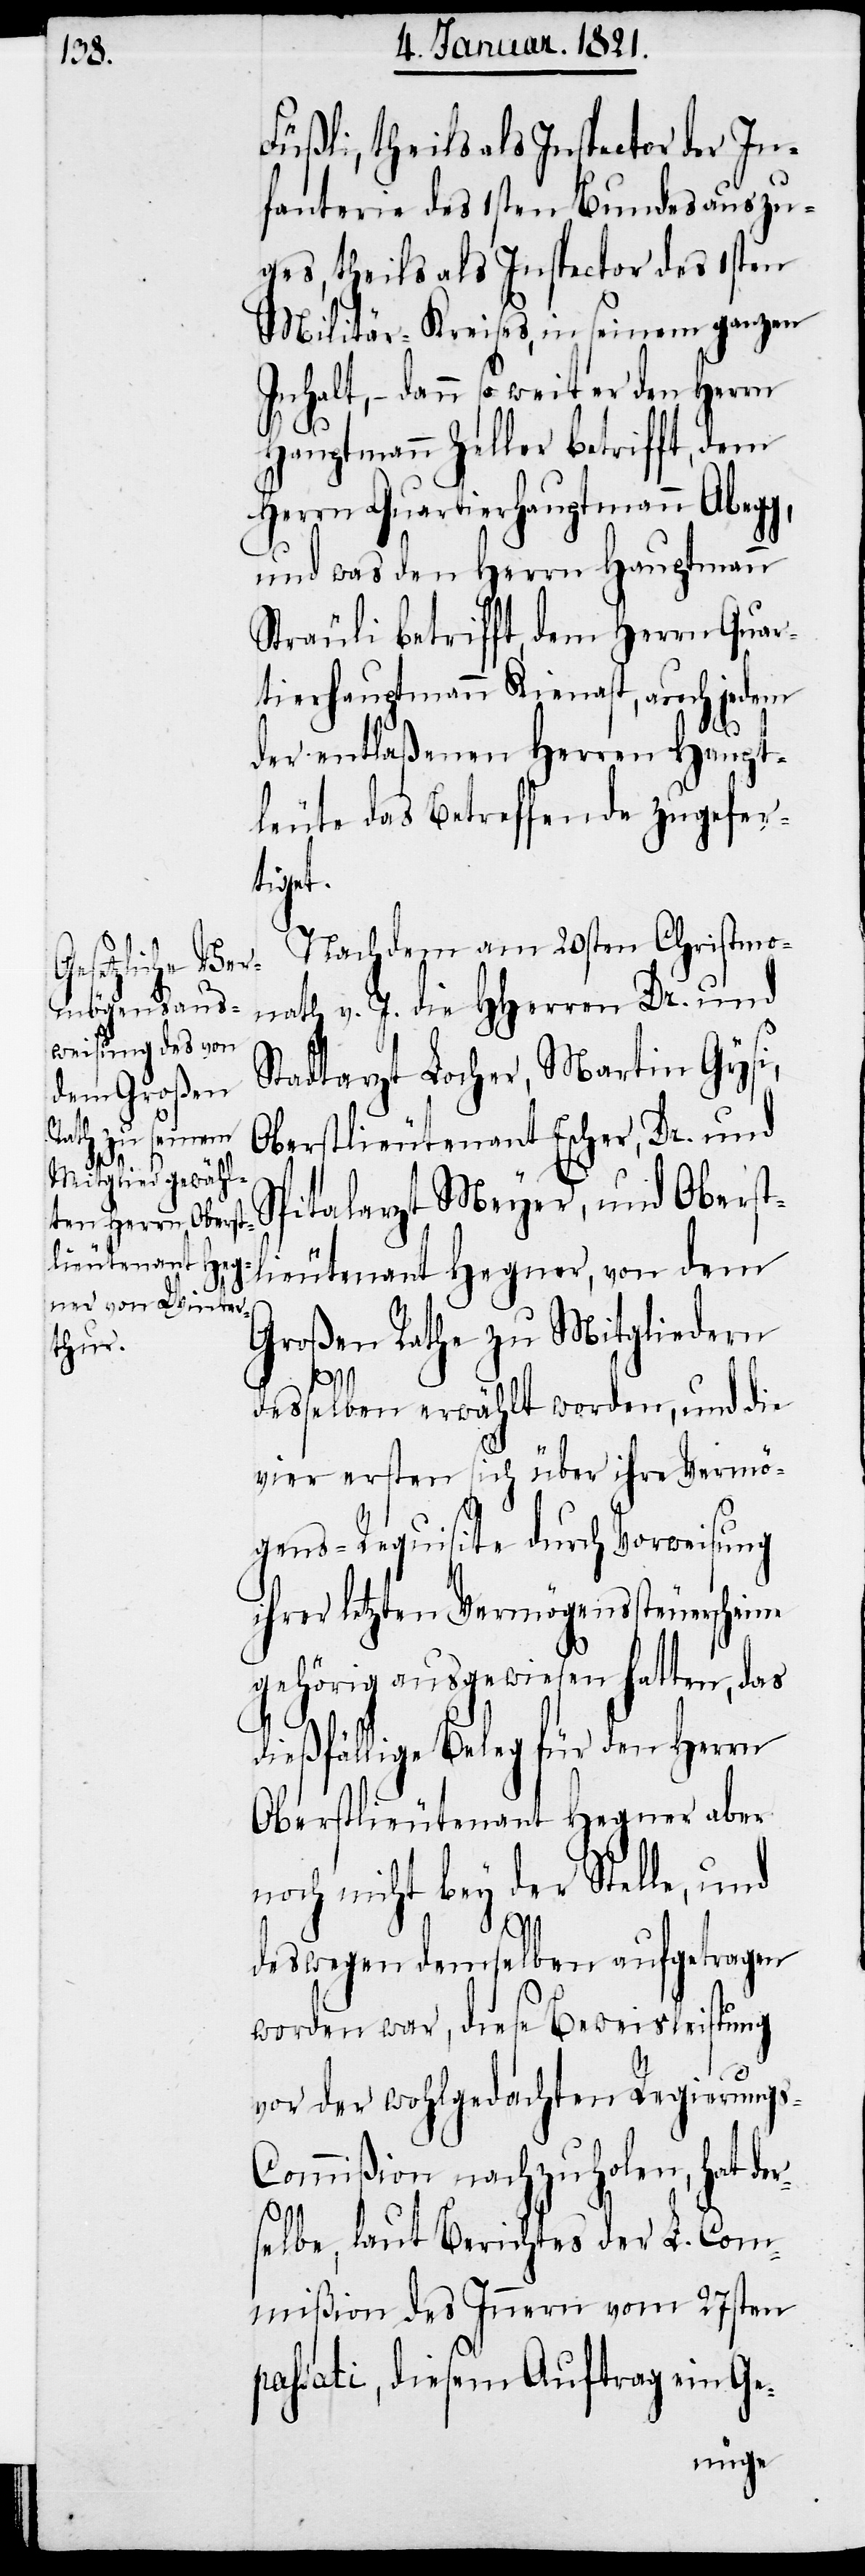
Füßli, theils als Inspector der In¬
fanterie des 1sten Bundesauszu¬
ges, theils als Inspector des 1sten
Militär-Kreises, in seinem ganzen
Inhalt, – dann so weit er den Herrn
Hauptmann Zeller betrifft, dem
Herrn Quartierhauptmann Abeg¬
und was den Herrn Hauptmann
Sträuli betrifft, dem Herrn Quar¬
tierhauptmann Kienast, auch jedem
der entlaßenen Herren Haupt¬
leute das Betreffende zugefer¬
tigt.
Nachdem am 20sten Christmo¬
nath v. J. die HHerren Dr. und
Stadtarzt Locher, Martin Gysi,
Oberstlieutnant Escher, Dr. und
Spitalarzt Meyer, und Oberst¬
lieutenant Hegner, von dem
Großen Rathe zu Mitgliedern
r¬
desselben erwählt worden, und die
vier ersten sich über ihre Vermö¬
gens-Requisite durch Vorweisung
ihrer letzten Vermögenssteuerscheine
gehörig ausgewiesen hatten, das
dießfällige Beleg für Herrn
Oberstlieutenant Hegner aber
noch nicht bey der Stelle, und
deswegen demselben aufgetragen
worden war, diese Beweisleistung
vor der wohlgedachten Regierungs-C¬
ommißion nachzuholen, hat de¬
selbe, laut Berichtes der L. Com¬
mißion des Innern vom 27sten
passati, diesem Auftrag ein Ge-